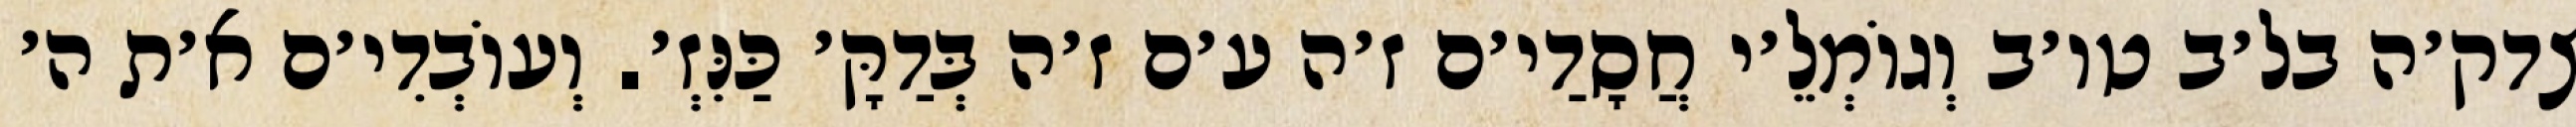
צדק׳ה בל׳ב טו׳ב וְגוֹמְלֵ׳י חֲסָדַי׳ם ז׳ה ע׳ם ז׳ה בְּדַקָּ׳ כַּנִּזְ׳. וְעוֹבְדִי׳ם א׳ת ה׳